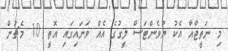
މި ނަތީޖާއާ އެކު ޔުވެންޓަސް ލީގުގެ އެއް ވަނައިގައި އޮތީ 10 މެޗުން